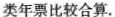
类年票比较合算。